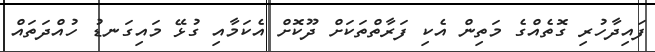
ފައިދާހުރި ގޮތެއްގެ މަތިން އެކި ފަރާތްތަކަށް ދޫކޮށް އެކަމާއި ގުޅޭ މައިގަނޑު ހުއްދަތައް